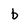
Character: b